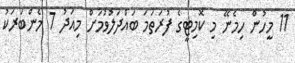
11 މީހުން ހިމެނޭ މި ކޮމިޓީގެ ފުރަތަމަ ބައްދަލުވުމަށް މިއަދު 7 މެންބަރަކު